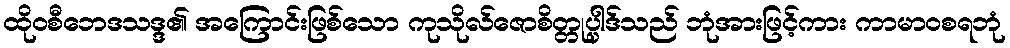
ထိုဝစီဘေဒသဒ္ဒ၏ အကြောင်းဖြစ်သော ကုသိုလ်ဇောစိတ္တုပ္ပါဒ်သည် ဘုံအားဖြင့်ကား ကာမာဝစရဘုံ